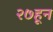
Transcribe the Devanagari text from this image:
२७हून